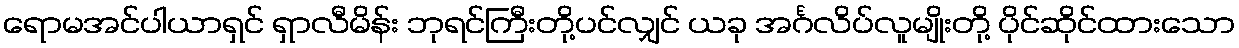
ရောမအင်ပါယာရှင် ရှာလီမိန်း ဘုရင်ကြီးတို့ပင်လျှင် ယခု အင်္ဂလိပ်လူမျိုးတို့ ပိုင်ဆိုင်ထားသော